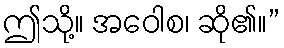
ဤသို့။ အဝေါစ၊ ဆို၏။”